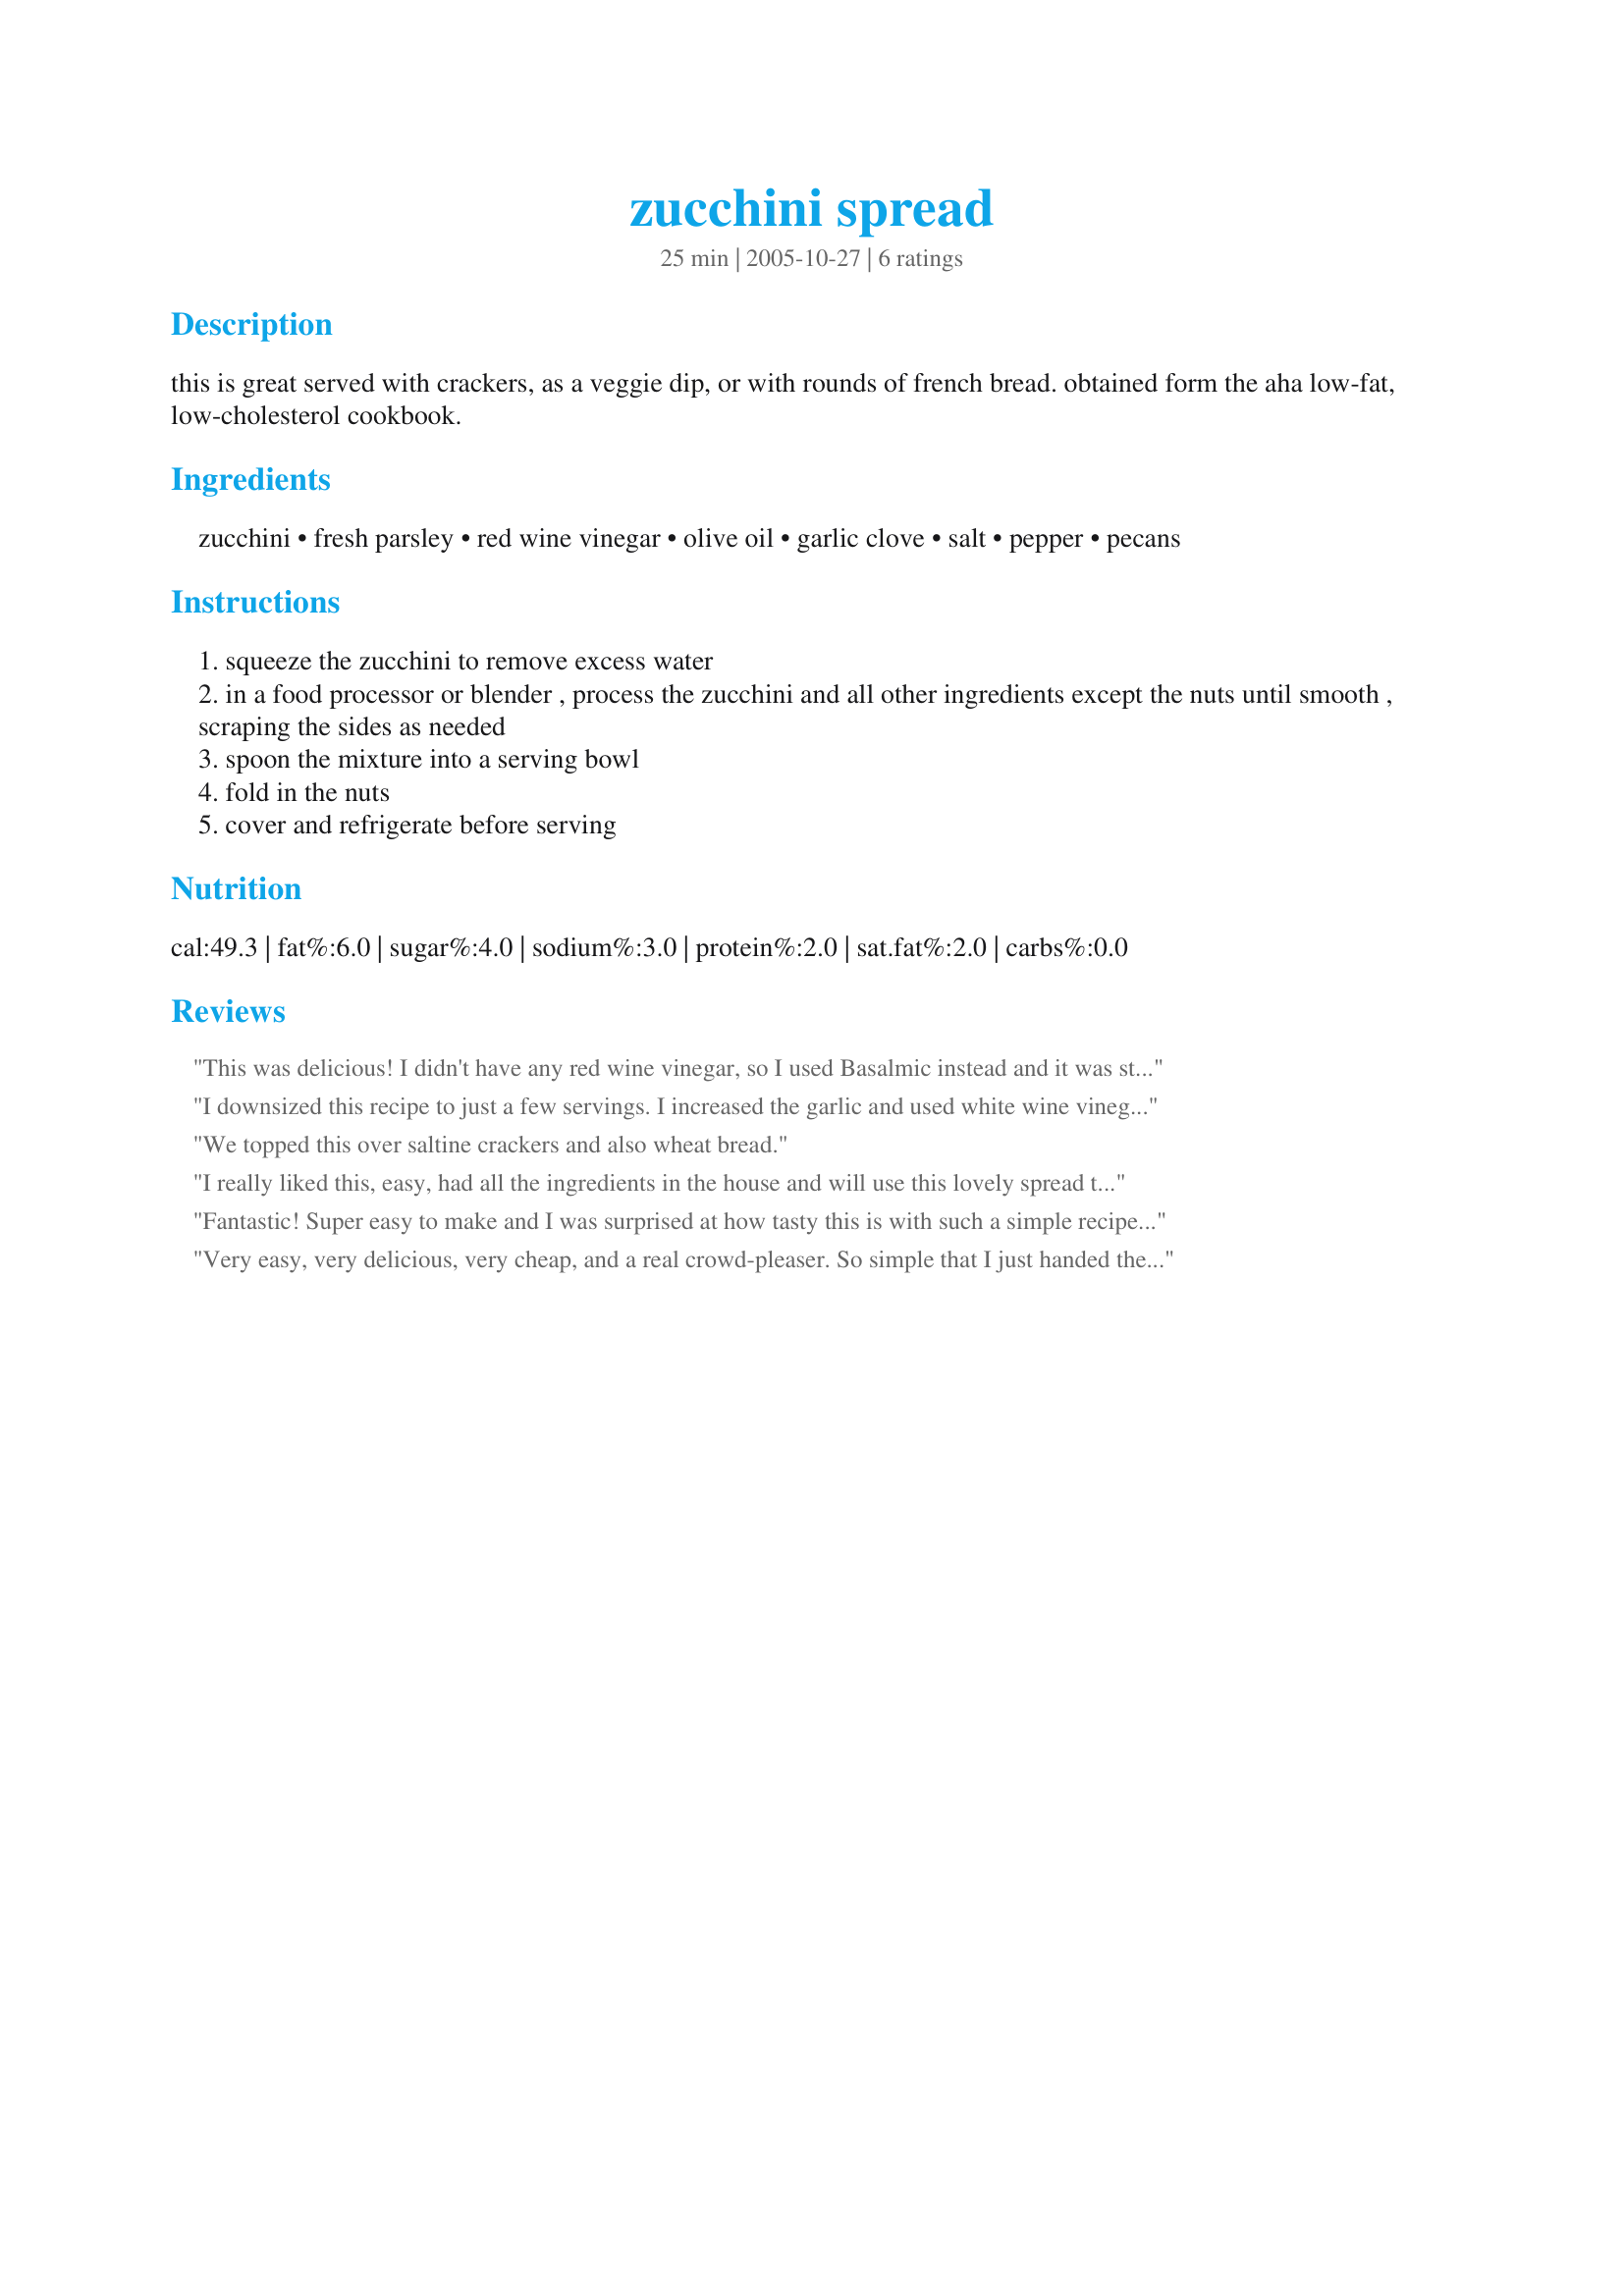
zucchini spread
Preparation time: 25 minutes

this is great served with crackers, as a veggie dip, or with rounds of french bread. obtained form the aha low-fat, low-cholesterol cookbook.

Ingredients:
zucchini, fresh parsley, red wine vinegar, olive oil, garlic clove, salt, pepper, pecans

Steps:
squeeze the zucchini to remove excess water
in a food processor or blender , process the zucchini and all other ingredients except the nuts until smooth , scraping the sides as needed
spoon the mixture into a serving bowl
fold in the nuts
cover and refrigerate before serving

Reviews:
This was delicious! I didn't have any red wine vinegar, so I used Basalmic instead and it was still really good! I love the fresh tastes of this and will be making the next time I have people over as an appetizer.
I downsized this recipe to just a few servings. I increased the garlic and used white wine vinegar. It was an excellent topper for slices of whole wheat / triticale bread.
We topped this over saltine crackers and also wheat bread.
I really liked this, easy, had all the ingredients in the house and will use this lovely spread throughout the summer. Great picture taking Hadice. Lolly
Fantastic! Super easy to make and I was surprised at how tasty this is with such a simple recipe. I went a little nuts with the garlic, and next time will use your suggestion. Only other change I made was to use toasted walnuts, as that is what we had on hand. Also, I tipped a corner of the container up a little, and this drained the extra moisture out of the zucchini which I discarded. Thanks for this recipe, will make again for sure. Makes a nice and healthy snack with whole wheat crackers.
Very easy, very delicious, very cheap, and a real crowd-pleaser. So simple that I just handed the recipe to my husband and he made it happen, with very little coaching! No one knew what exactly it was, but everyone who tasted this at our colloquium last week just loved it. I will be making this again.
